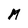
Character: M